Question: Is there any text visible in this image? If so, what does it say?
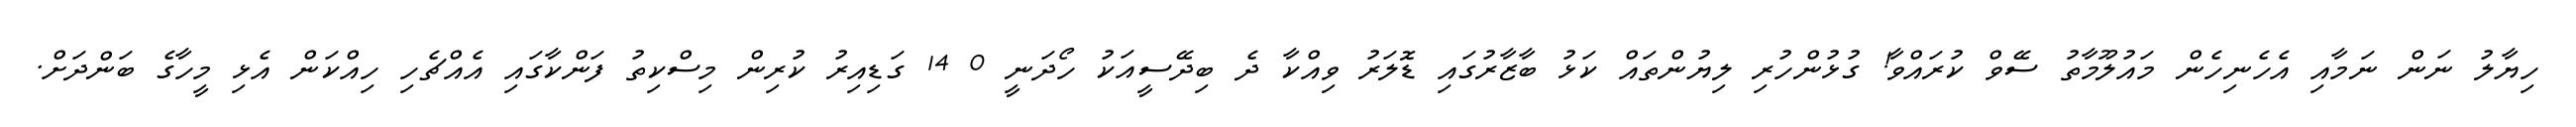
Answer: ހިޔާލު ނަން ނަމާއި އެހެނިހެން މައުލޫމާތު ސޭވް ކުރައްވާ! ގުޅުންހުރި ލިޔުންތައް ކަޅު ބާޒާރުގައި ޑޮލަރު ވިއްކާ ދެ ބިދޭސީއަކު ހޯދަނީ 0 14 ގަޑިއިރު ކުރިން މިސްކިތު ފަންކާގައި އެއްޗެހި ހިއްކަން އެޅި މީހާގެ ބަންދަށް.